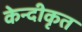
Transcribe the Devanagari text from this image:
केन्दीकृत